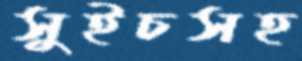
সুইচসহ